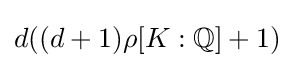
d((d+1)\rho [K:\mathbb {Q} ]+1)